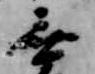
無